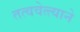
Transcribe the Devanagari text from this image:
तत्ववेत्त्याने